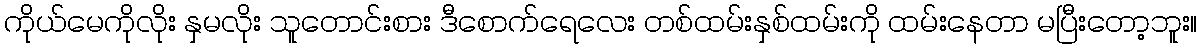
ကိုယ်မေကိုလိုး နှမလိုး သူတောင်းစား ဒီစောက်ရေလေး တစ်ထမ်းနှစ်ထမ်းကို ထမ်းနေတာ မပြီးတော့ဘူး။